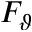
F _ { \vartheta }